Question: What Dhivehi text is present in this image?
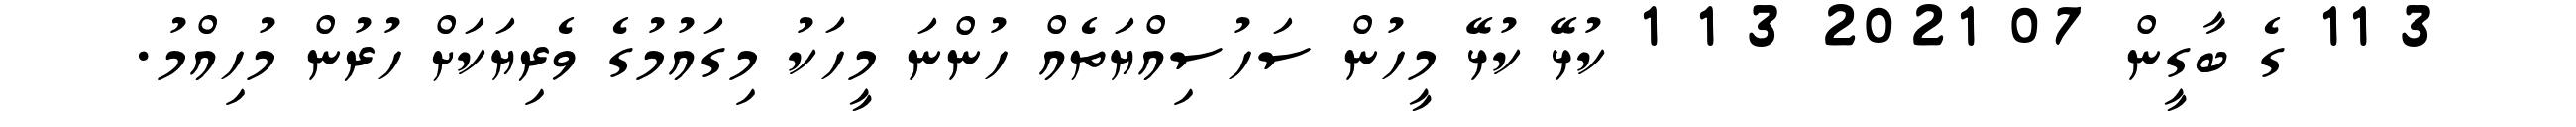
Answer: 3 11 ގެ ބާގީން 07 2021 3 1 1 ކުޅޭ ކުޅޭ މީހުން ސަހުސިއްޔަތެއް ހުންނަ މީހަކު މިގައުމުގެ ވެރިޔަކަށް ހުރުން މުހިއްމު.